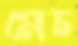
মেচ